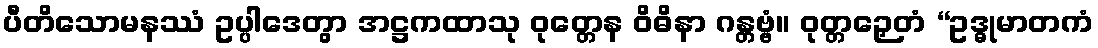
ပီတိသောမနဿံ ဥပ္ပါဒေတွာ အဋ္ဌကထာသု ဝုတ္တေန ဝိဓိနာ ဂန္တဗ္ဗံ။ ဝုတ္တဉှေတံ “ဥဒ္ဓုမာတကံ